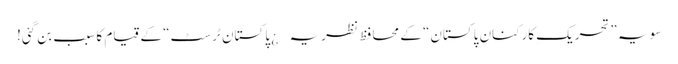
سو یہ ”تحریکِ کارکنانِ پاکستان“ کے محافظ نظریہ¿ پاکستان ٹرسٹ“ کے قیام کا سبب بن گئی!